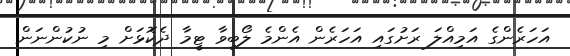
އަހަރެންގެ އަމިއްލަ ރަށުގައި އަހަރެން އެންމެ ލޯބިވާ ޓީމާ ދެކޮޅަށް މި ނުކުންނަން